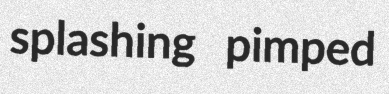
splashing pimped